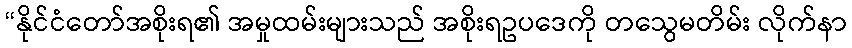
“နိုင်ငံတော်အစိုးရ၏ အမှုထမ်းများသည် အစိုးရဥပဒေကို တသွေမတိမ်း လိုက်နာ